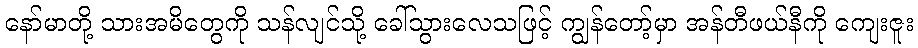
နော်မာတို့ သားအမိတွေကို သန်လျင်သို့ ခေါ်သွားလေသဖြင့် ကျွန်တော့်မှာ အန်တီဖယ်နီကို ကျေးဇူး